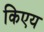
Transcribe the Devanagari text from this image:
किएय